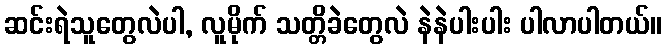
ဆင်းရဲသူတွေလဲပါ, လူမိုက် သတ္တိခဲတွေလဲ နဲနဲပါးပါး ပါလာပါတယ်။